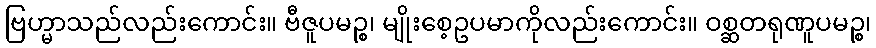
ဗြဟ္မာသည်လည်းကောင်း။ ဗီဇူပမဉ္စ၊ မျိုးစေ့ဥပမာကိုလည်းကောင်း။ ဝစ္ဆတရုဏူပမဉ္စ၊